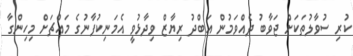
ކުރި ސުވާލުތަކަށް ޖަވާބު ދެއްވަމުން އަބްދު ރިޔާޒް ވިދާޅުވީ އެމަނިކުފާނުގެ މައްޗަށް މިހިންގާ